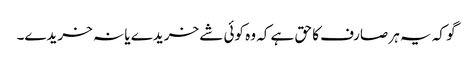
گو کہ یہ ہر صارف کا حق ہے کہ وہ کوئی شے خریدے یا نہ خریدے۔